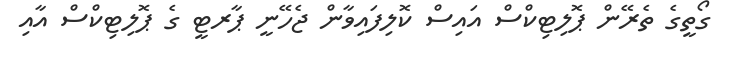
ގޯތީގެ ތެރޭން ޕޮލިޓިކްސް އައިސް ކޮލިފައިވާން ޖެހޭނީ ޕާރޓީ ގެ ޕޮލިޓިކްސް އާއި